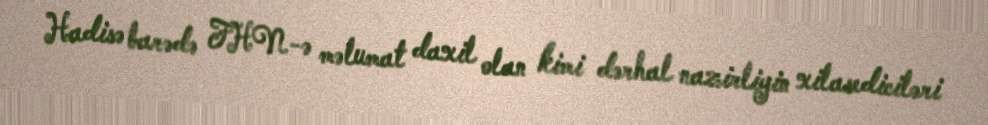
Hadisə barədə FHN-ə məlumat daxil olan kimi dərhal nazirliyin xilasediciləri